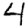
Digit: 4